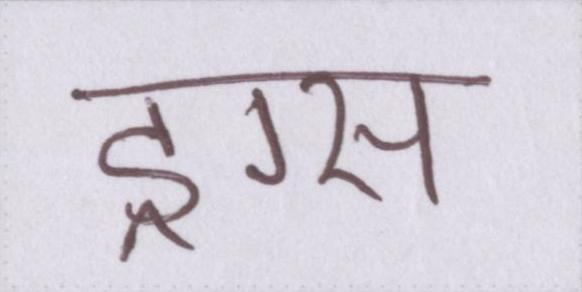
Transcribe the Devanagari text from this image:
ड्रग्स